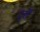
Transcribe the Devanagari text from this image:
टुर्रों